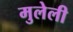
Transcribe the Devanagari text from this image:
मुलेली